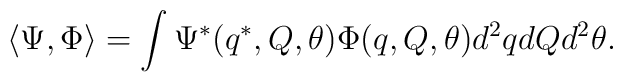
\langle \Psi, \Phi \rangle = \int \Psi^*(q^*, Q, \theta) \Phi(q, Q,\theta) d^2 q dQ d^2 \theta.